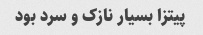
پیتزا بسیار نازک و سرد بود